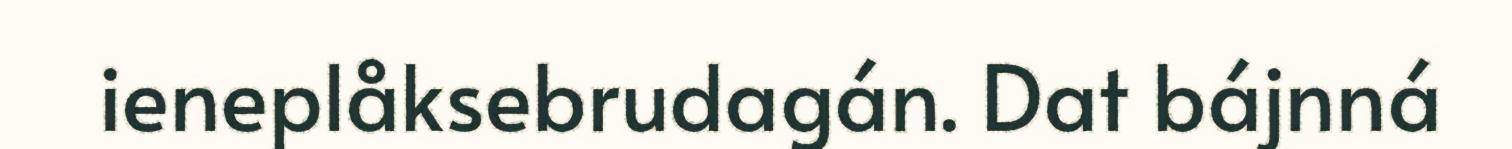
ieneplåksebrudagán. Dat bájnná